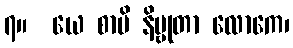
၇။  ယေ စာပိ နိဗ္ဗုတာ လောကေ၊